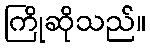
ကြိုဆိုသည်။